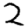
Digit: 2